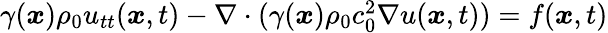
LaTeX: \begin{array}{r}{\gamma(\boldsymbol{x})\rho_{0}u_{tt}(\boldsymbol{x},t)-\nabla\cdot(\gamma(\boldsymbol{x})\rho_{0}c_{0}^{2}\nabla u(\boldsymbol{x},t))=f(\boldsymbol{x},t)}\end{array}